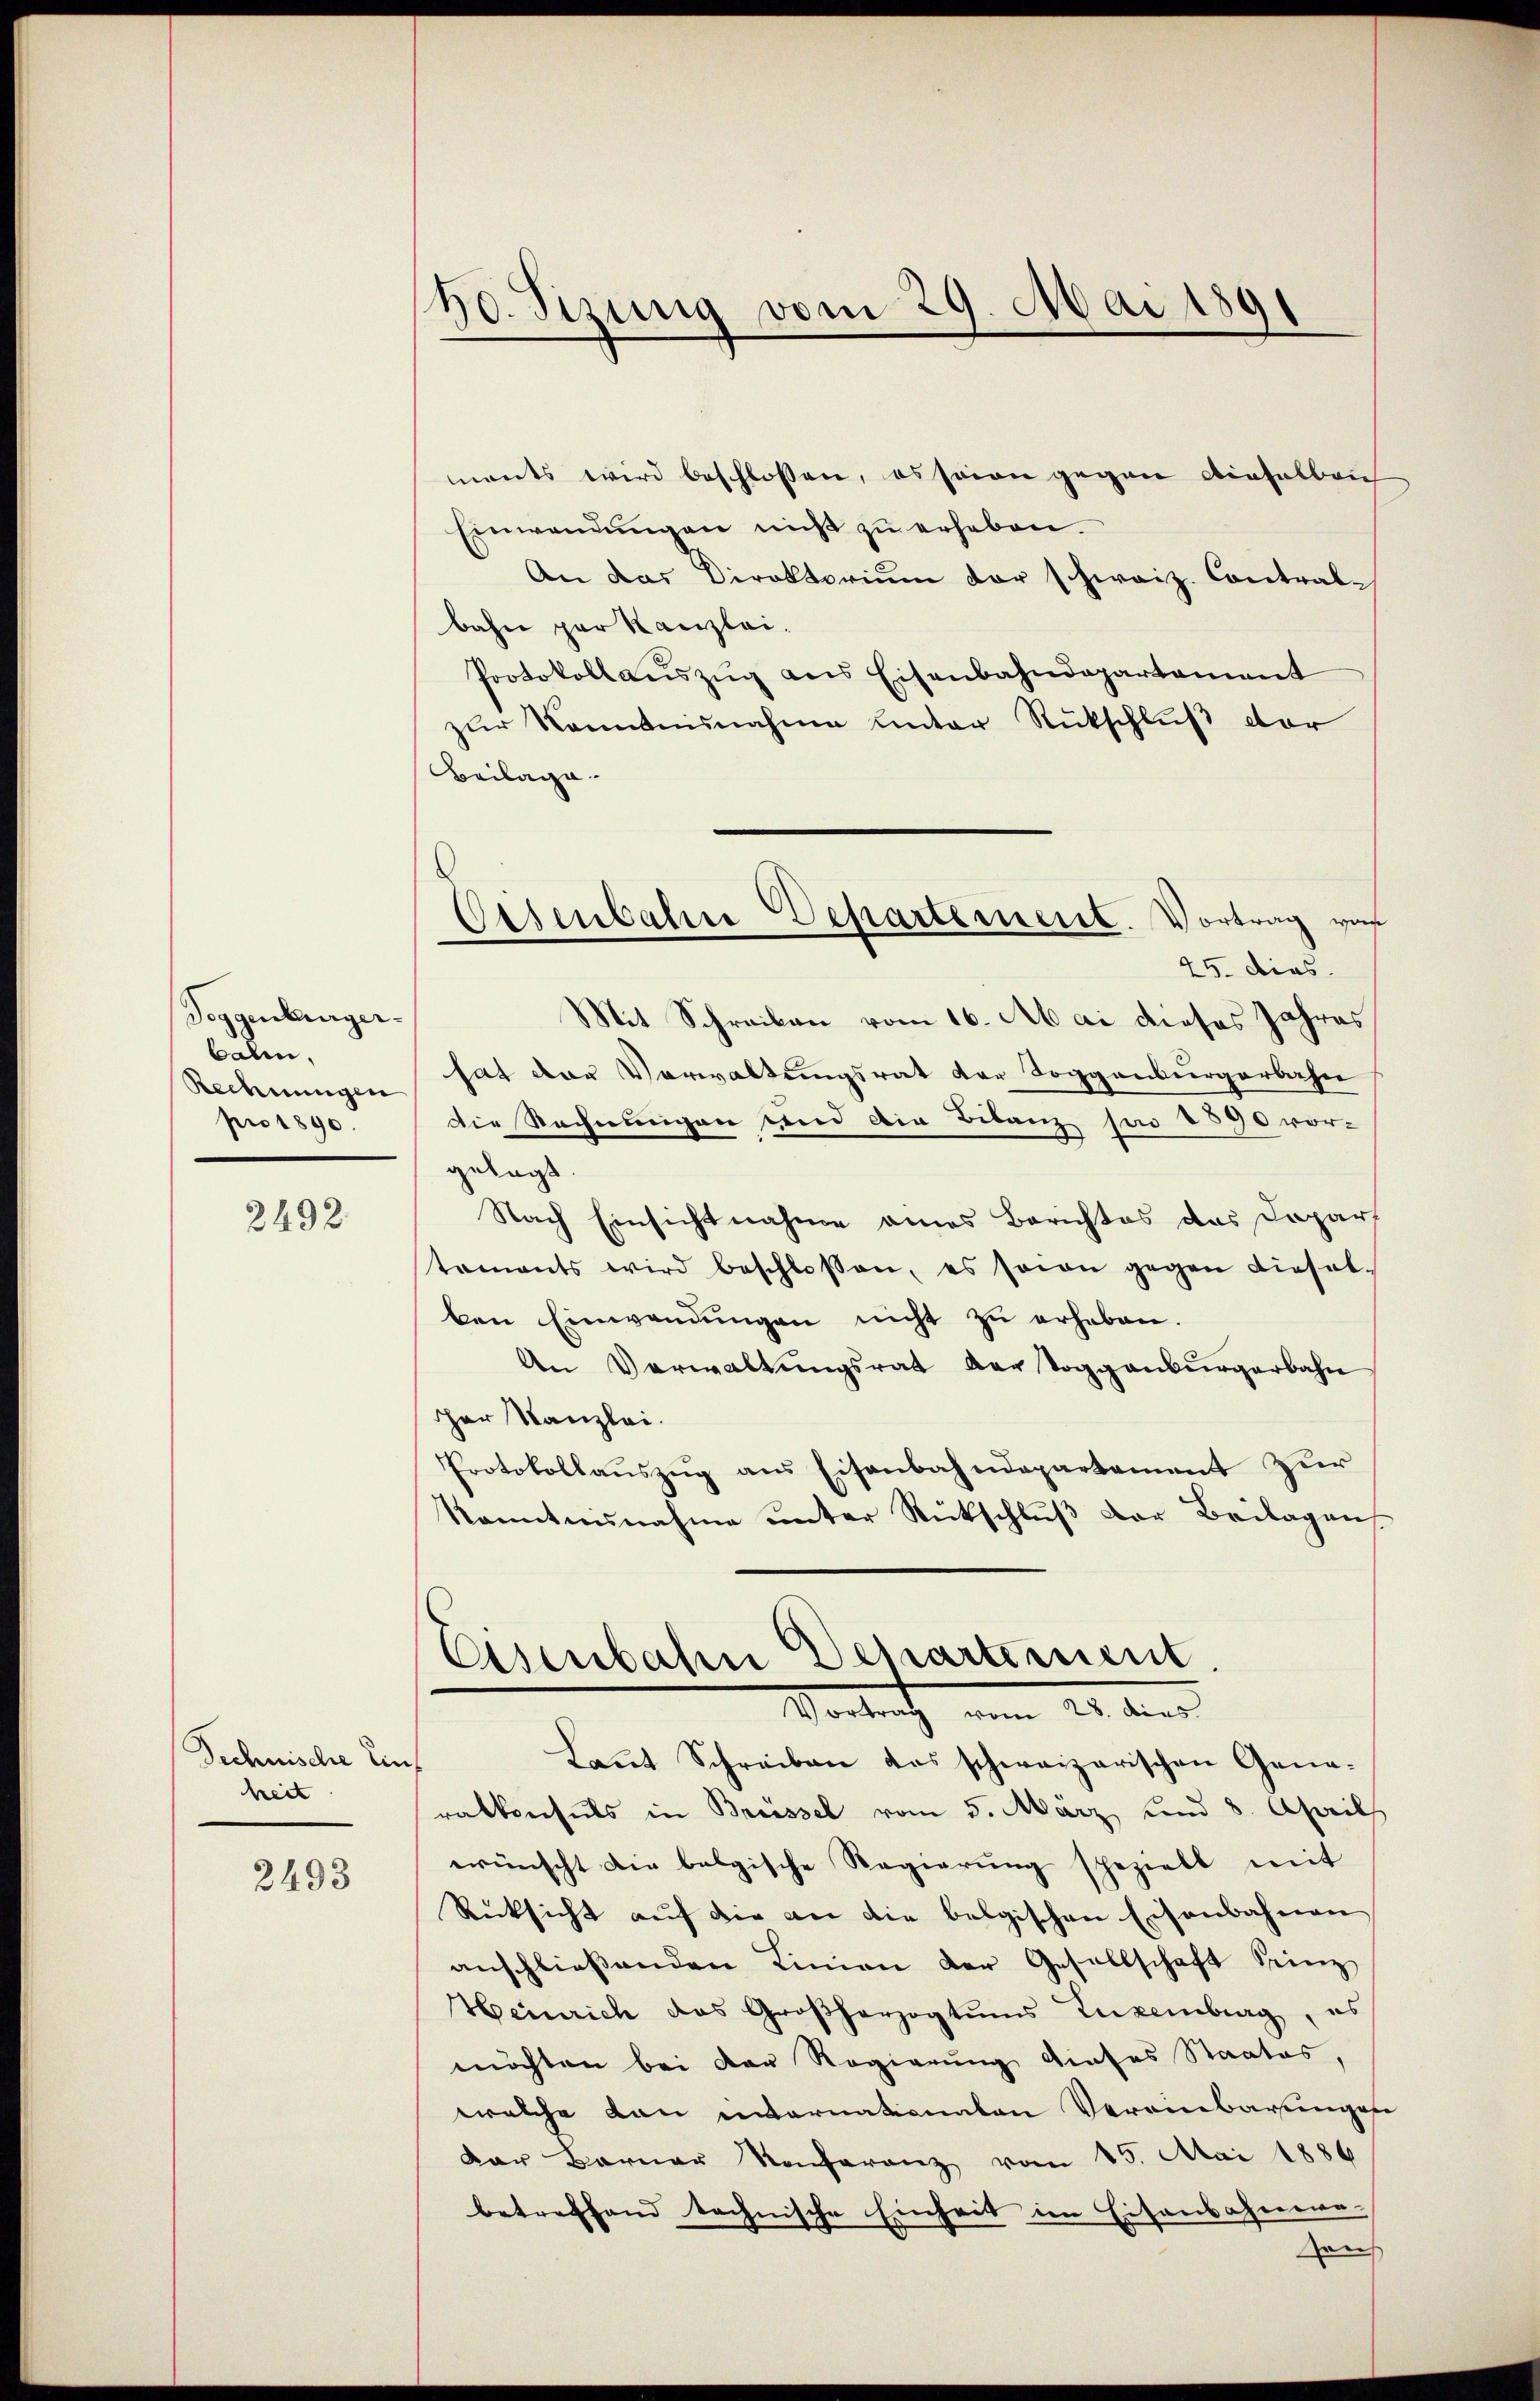
Joggenburgerbalen,
Rechnungen
pro 1890

2492

Technische Einheit

2493

60. Sizung vom 29. Mai 1891

Eisenbahre Departement. Vortrag von

ments wird beschlossen, es seien gegen dieselben
Einwendŭngen nicht zŭ erheben.
An das Direktoriŭm der schweiz. Contral-
bahn par Kanzlei.
Protokoll aŭszŭg ans Eisenbahndepartement
zur Kenntnisnahme unter Rückschluß vor
Beilage
25. dies
Mit Schreiben vom 16. Mai dieses Jahres
hat der Verwaltungsrat der Toggenburgerbahn
die Rechnungen sind die Bilanz pro 1890 vor-
gelegt
Nach Einsichtnahme eines Berichtes des Dapars
tamants wird beschlossen, es sowie gegen diesel-
ben Einwendungen nicht zu erheben.
An Verwaltungsrat der Toggenburgerbahn
cher Kanzlei.
Protokollauszug aus Eisenbahndepartament zur
Kanntnisnahme unter Rückschluß der Beilagens
Eisenbahn Departement.
Vortrauch vom 28. des
Laut Schreiben das schweizerischen Generatverseits in Brüssel vom 5. März und 8. April
wünscht die belgische Regierung speziell mit
Rücksicht auf die an die belgischen Eisenbahnen
anschließenden Linien der Gesellschaft Seinz
Heinrich das Großherzogtums Luxenburg, es
möchten bei der Regierung dieses Staates,
welche von internationaten Veranbarungen
Der Berner Konferenz vom 15. Mai 1886
betreffend technische Einheit im Eisenbahnere
von